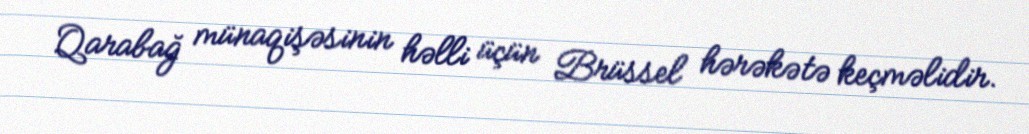
Qarabağ münaqişəsinin həlli üçün Brüssel hərəkətə keçməlidir.